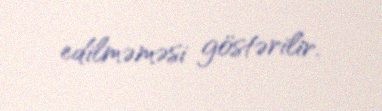
edilməməsi göstərilir.